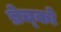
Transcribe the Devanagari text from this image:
ब्रेच्को